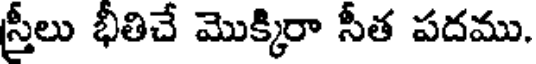
స్రీలు భీతిచే మొక్కిరా సీత పదము.